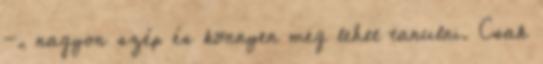
-, nagyon szép és könnyen meg lehet tanulni. Csak